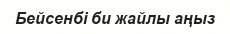
Бейсенбі би жайлы аңыз